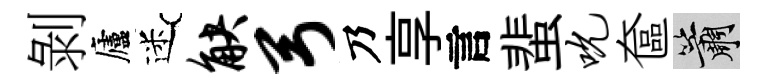
剝廬迷觖弓乃享言蜚吮奩簫